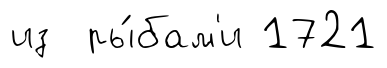
из ры́бам'и 1721